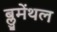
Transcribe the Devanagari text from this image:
ब्लुमेंथल